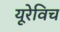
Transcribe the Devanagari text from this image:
यूरेविच